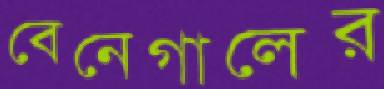
বেনেগালের